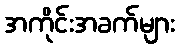
အကိုင်းအခက်များ